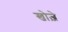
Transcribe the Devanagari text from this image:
खोज़े